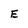
Character: E